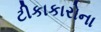
ટીકાકારોના